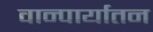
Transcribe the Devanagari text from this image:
वान्पार्यातन